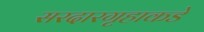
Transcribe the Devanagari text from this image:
सरदारगृहाकडे